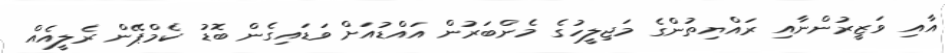
އާއި ވަޒީރުންނާއި ރައްޔިތުންގެ މަޖިލީހުގެ މެންބަރުން އައްޑުއަށް ވަޑައިގެން ބޮޑު ކެމްޕޭން ރެލީއެއް